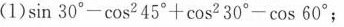
(1)$$sin 30°-cos ^{2}45°+cos ^{2}30°-cos 60°$$;